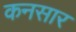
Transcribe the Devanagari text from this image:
कनसार